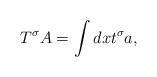
LaTeX: \begin{align*}T^\sigma A=\int dx t^\sigma a,\end{align*}